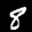
Label: 8